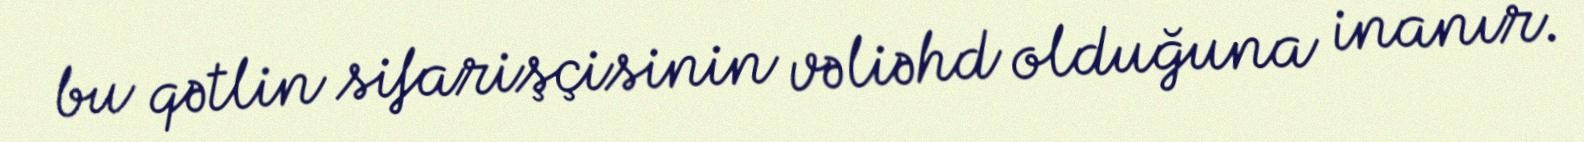
bu qətlin sifarişçisinin vəliəhd olduğuna inanır.